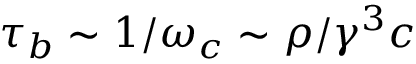
\tau _ { b } \sim 1 / \omega _ { c } \sim \rho / \gamma ^ { 3 } c